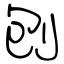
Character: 刨